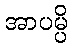
အာပမ္ပိ